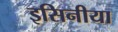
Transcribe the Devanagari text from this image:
इसिनीया